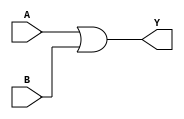
module OR_gate (
    input wire A,
    input wire B,
    output reg Y
);

always @(*)
begin
    Y = A | B;
end

endmodule